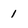
Character: 1